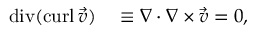
\begin{array} { r l } { \operatorname { d i v } ( \operatorname { c u r l } { \vec { v } } ) } & { { } \equiv \nabla \cdot \nabla \times { \vec { v } } = 0 , } \end{array}